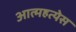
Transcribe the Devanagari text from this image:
आत्महत्येस